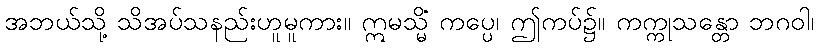
အဘယ်သို့ သိအပ်သနည်းဟူမူကား။ ဣမသ္မိံ ကပ္ပေ၊ ဤကပ်၌။ ကက္ကုသန္တော ဘဂဝါ၊